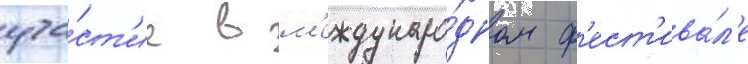
уча́ст'ие в м'еждунаро́дном ф'ест'ива́л'е